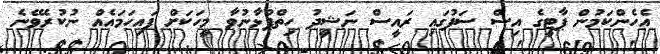
އެހެންކަމުން ޕާޓީގެ އިސް ސަފުގައި ރައީސް ނަޝީދު ހިތްޕުޅާނުވާ މީހަކަށް ފައިހަމައެއް ނުކުރެވޭނެ